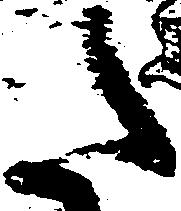
た